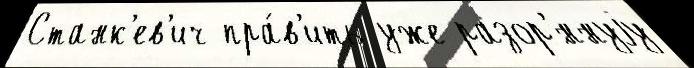
Станк'ев'ич пра́в'ить уже разор'́ннуjу